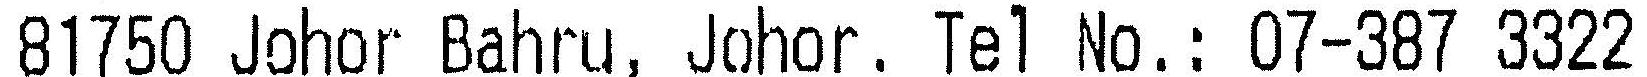
81750 JOHOR BAHRU, JOHOR, TEL NO.: 07-387 3322